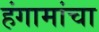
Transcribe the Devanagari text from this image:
हंगामांचा